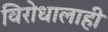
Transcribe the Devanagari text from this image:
विरोधालाही